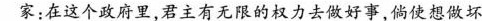
家：在这个政府里，君主有无限的权力去做好事，倘使想做坏